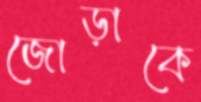
জোড়াকে